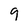
Character: 9